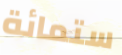
ستمائة